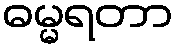
ဓမ္မရတာ